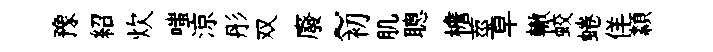
豫紹炊嗤涼彤双廢~初肌聰檐莖皁轍蛟蜷佯纇